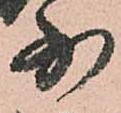
少